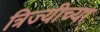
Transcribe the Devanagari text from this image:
त्रिज्यीच्या